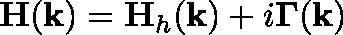
\mathbf { H } ( \mathbf { k } ) = \mathbf { H } _ { h } ( \mathbf { k } ) + i \mathbf { \Gamma } ( \mathbf { k } )